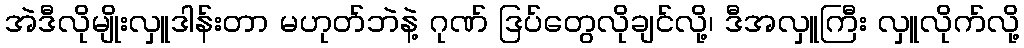
အဲဒီလိုမျိုးလှူဒါန်းတာ မဟုတ်ဘဲနဲ့ ဂုဏ် ဒြပ်တွေလိုချင်လို့၊ ဒီအလှူကြီး လှူလိုက်လို့